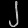
Digit: ၂